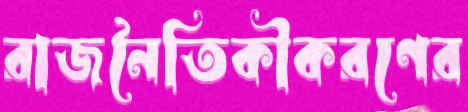
রাজনৈতিকীকরণের